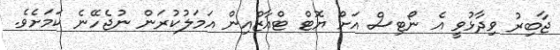
ޖާބިރު ވިދާޅުވީ އެ ނޯޓިސް އަށް ޔޮޓް ޓްއާޒްއިން އަމަލުކުރަން ނުޖެހޭނެ ކަމަށެވެ.